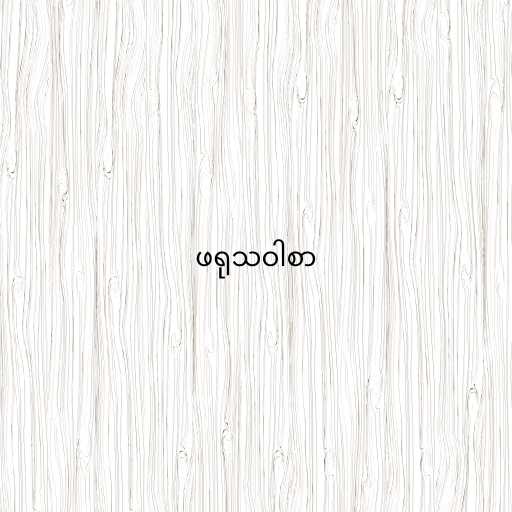
ဖရုသဝါစာ